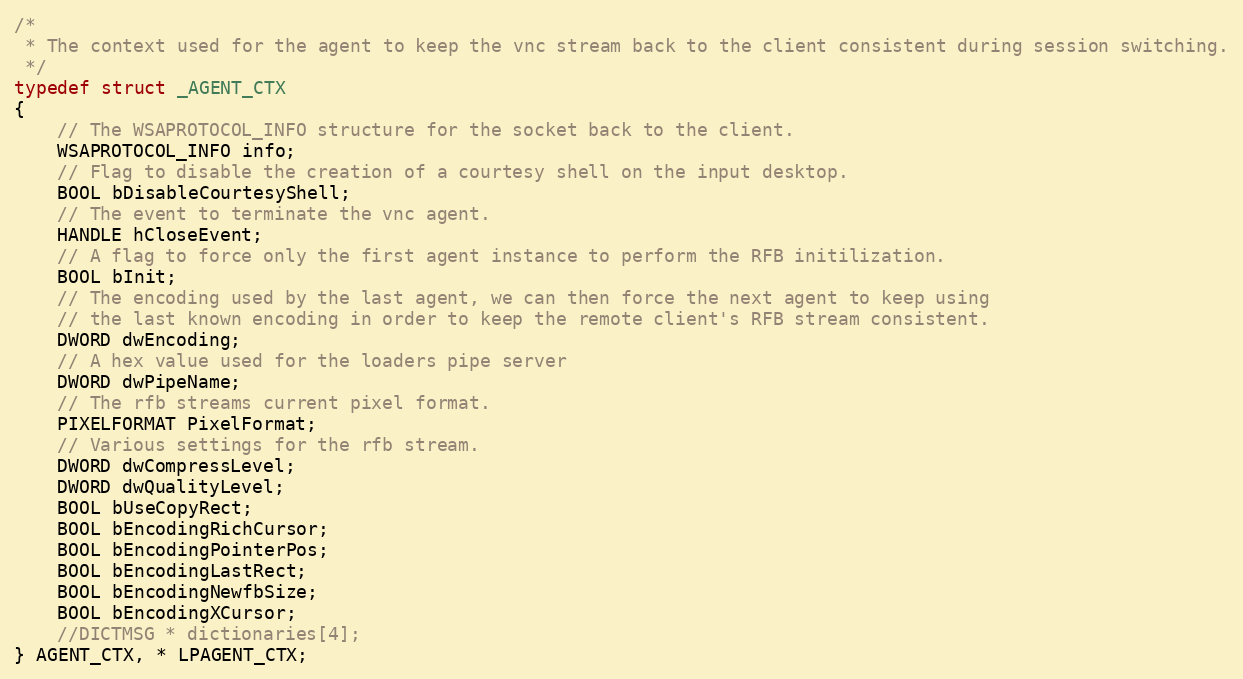
Language: C
/*
 * The context used for the agent to keep the vnc stream back to the client consistent during session switching.
 */
typedef struct _AGENT_CTX
{
	// The WSAPROTOCOL_INFO structure for the socket back to the client.
	WSAPROTOCOL_INFO info;
	// Flag to disable the creation of a courtesy shell on the input desktop.
	BOOL bDisableCourtesyShell;
	// The event to terminate the vnc agent.
	HANDLE hCloseEvent;
	// A flag to force only the first agent instance to perform the RFB initilization.
	BOOL bInit;
	// The encoding used by the last agent, we can then force the next agent to keep using
	// the last known encoding in order to keep the remote client's RFB stream consistent.
	DWORD dwEncoding;
	// A hex value used for the loaders pipe server
	DWORD dwPipeName;
	// The rfb streams current pixel format.
	PIXELFORMAT PixelFormat;
	// Various settings for the rfb stream.
	DWORD dwCompressLevel;
	DWORD dwQualityLevel;
	BOOL bUseCopyRect;
	BOOL bEncodingRichCursor;
	BOOL bEncodingPointerPos;
	BOOL bEncodingLastRect;
	BOOL bEncodingNewfbSize;
	BOOL bEncodingXCursor;
	//DICTMSG * dictionaries[4];
} AGENT_CTX, * LPAGENT_CTX;